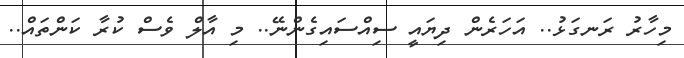
މިހާރު ރަނގަޅު.. އަހަރެން ދިޔައީ ސިއްސައިގެންނޭ.. މި އާލް ވެސް ކުރާ ކަންތައް..